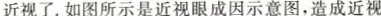
近视了。如图所示是近视眼成因示意图，造成近视